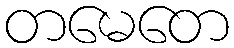
တမေတေ